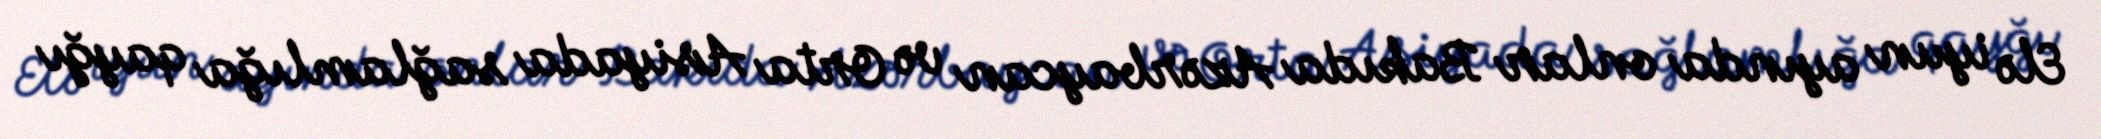
Elə iyun ayında onlar Bakıda Azərbaycan və Orta Asiyada sağlamlığa qayğı